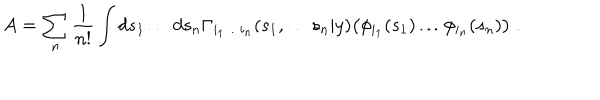
A = \sum _ { n } \frac { 1 } { n ! } \int d s _ { 1 } \ldots d s _ { n } \Gamma _ { i _ { 1 } \ldots i _ { n } } ( s _ { 1 } , \ldots s _ { n } | y ) \bigl ( \phi _ { i _ { 1 } } ( s _ { 1 } ) \ldots \phi _ { i _ { n } } ( s _ { n } ) \bigl ) \; .